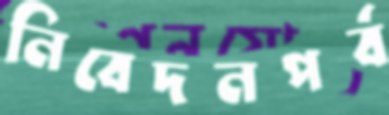
নিবেদনপর্ব